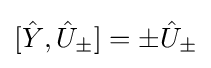
[{\hat {Y}},{\hat {U}}_{\pm }]=\pm {\hat {U}}_{\pm }